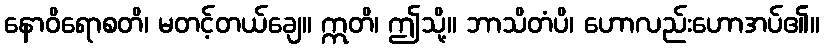
နောဝိရောစတိ၊ မတင့်တယ်ချေ။ ဣတိ၊ ဤသို့။ ဘာသိတံပိ၊ ဟောလည်းဟောအပ်၏။